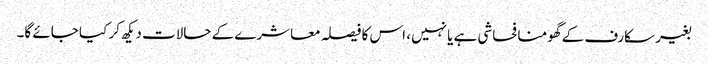
بغیر سکارف کے گھومنا فحاشی ہے یا نہیں، اس کا فیصلہ معاشرے کے حالات دیکھ کر کیا جائے گا۔